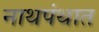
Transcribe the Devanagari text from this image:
नाथपंथात